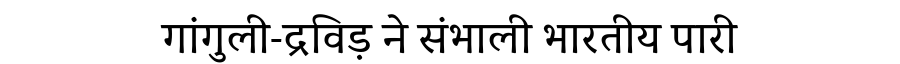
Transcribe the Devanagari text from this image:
गांगुली-द्रविड़ ने संभाली भारतीय पारी